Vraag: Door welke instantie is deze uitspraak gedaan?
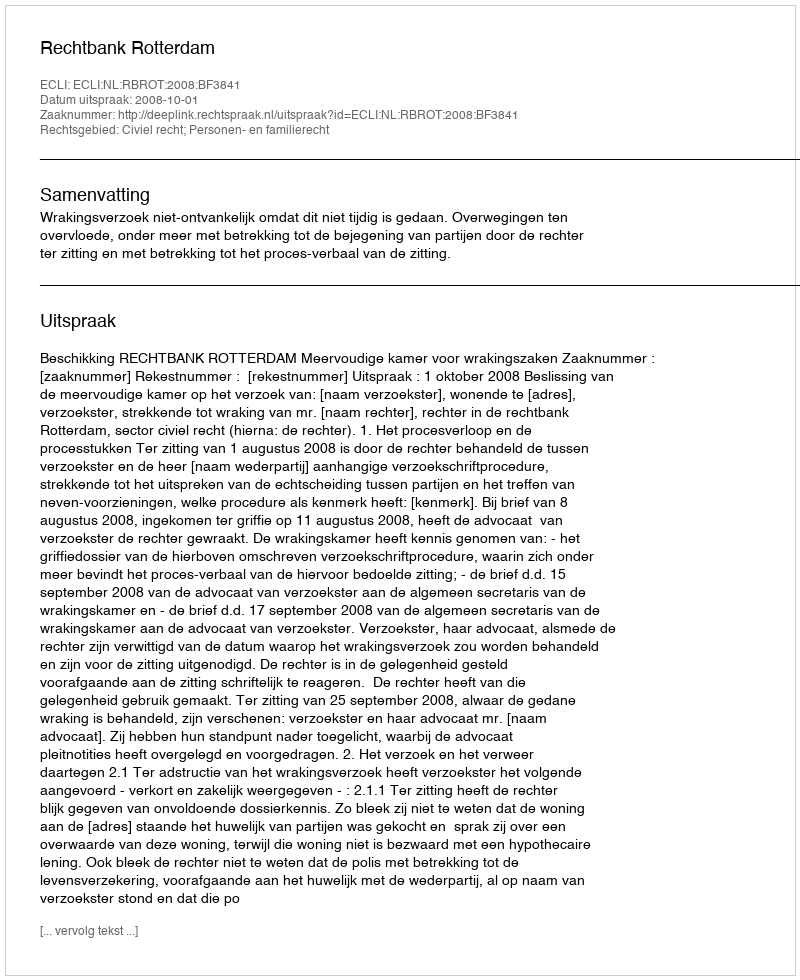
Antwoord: Rechtbank Rotterdam